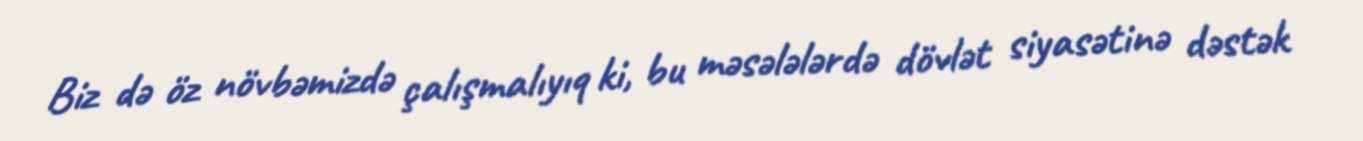
Biz də öz növbəmizdə çalışmalıyıq ki, bu məsələlərdə dövlət siyasətinə dəstək